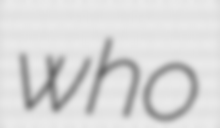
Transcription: who